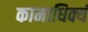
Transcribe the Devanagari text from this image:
कामाधिक्यं